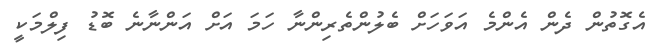
އެގޮތުން ދެން އެންމެ އަވަހަށް ބެލުންތެރިންނާ ހަމަ އަށް އަންނާނެ ބޮޑު ފިލްމަކީ